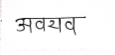
मजकूर: अवयव